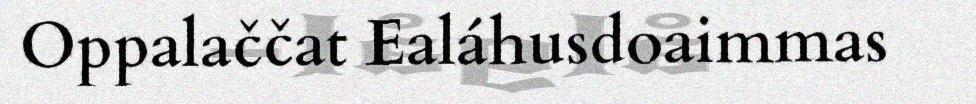
Oppalaččat Ealáhusdoaimmas